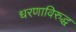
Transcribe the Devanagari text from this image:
धरणाविरुद्ध